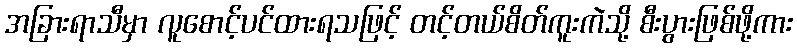
အခြားရာသီမှာ လူစောင့်ပင်ထားရသဖြင့် တင့်တယ်စိတ်ကူးကဲသို့ စီးပွားဖြစ်ဖို့ကား